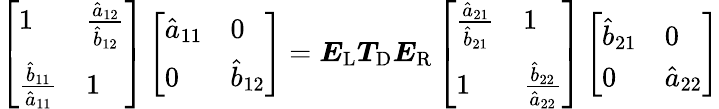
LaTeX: \left[\begin{array}{ll}{1}&{\frac{\hat{a}_{12}}{\hat{b}_{12}}}\\ {\frac{\hat{b}_{11}}{\hat{a}_{11}}}&{1}\end{array}\right]\left[\begin{array}{ll}{\hat{a}_{11}}&{0}\\ {0}&{\hat{b}_{12}}\end{array}\right]=\boldsymbol{E}_{\mathrm{L}}\boldsymbol{T}_{\mathrm{D}}\boldsymbol{E}_{\mathrm{R}}\left[\begin{array}{ll}{\frac{\hat{a}_{21}}{\hat{b}_{21}}}&{1}\\ {1}&{\frac{\hat{b}_{22}}{\hat{a}_{22}}}\end{array}\right]\left[\begin{array}{ll}{\hat{b}_{21}}&{0}\\ {0}&{\hat{a}_{22}}\end{array}\right]